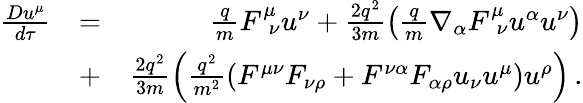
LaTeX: \begin{array}{rlr}{\frac{Du^{\mu}}{d\tau}}&{=}&{\frac{q}{m}F_{\ \ \nu}^{\mu}u^{\nu}+\frac{2q^{2}}{3m}\left(\frac{q}{m}\nabla_{\alpha}F_{\ \ \nu}^{\mu}u^{\alpha}u^{\nu}\right)}\\ &{+}&{\frac{2q^{2}}{3m}\left(\frac{q^{2}}{m^{2}}\left(F^{\mu\nu}F_{\nu\rho}+F^{\nu\alpha}F_{\alpha\rho}u_{\nu}u^{\mu}\right)u^{\rho}\right)\, .}\end{array}